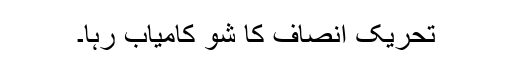
تحریک انصاف کا شو کامیاب رہا۔